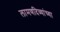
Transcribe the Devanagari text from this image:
लामणदिव्यांच्या